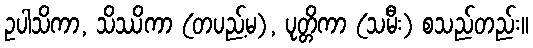
ဥပါသိကာ, သိဿိကာ (တပည့်မ), ပုတ္တိကာ (သမီး) စသည်တည်း။